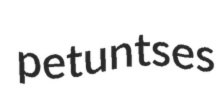
petuntses